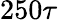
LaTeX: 250\tau